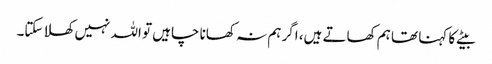
بیٹے کا کہنا تھا ہم کھاتے ہیں، اگر ہم نہ کھانا چاہیں تو اللہ نہیں کھلا سکتا۔